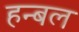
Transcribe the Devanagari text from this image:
हन्बल